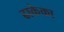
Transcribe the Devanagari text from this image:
ढाकेका